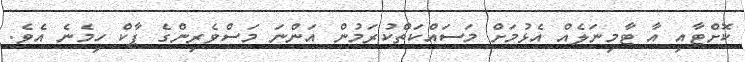
ކޮށްޓާއި އާ ޓާމިނަލެއް އެޅުމަށް މަސައްކަތްކުރަމުން އަންނަ މަސްވެރިންގެ ޕާކް ހިމެނެ އެވެ.